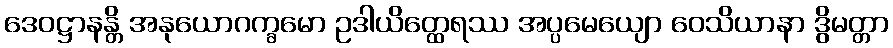
ဒေဝဋ္ဌာနန္တိ အနုယောဂက္ခမော ဥဒါယိတ္ထေရဿ အပ္ပမေယျော ဝေသိယာနာ ဒွိမတ္တာ